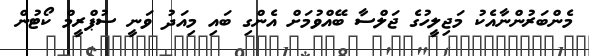
މެންބަރުންނާއެކު މަޖިލީހުގެ ޖަލްސާ ބޭއްވުމަށް އެންގި ބައި މިއަދު ވަނީ ސުޕްރީމް ކޯޓުން